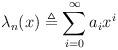
LaTeX: \begin{align*} \lambda_n(x) \triangleq \sum_{i = 0}^\infty a_i x^i\end{align*}